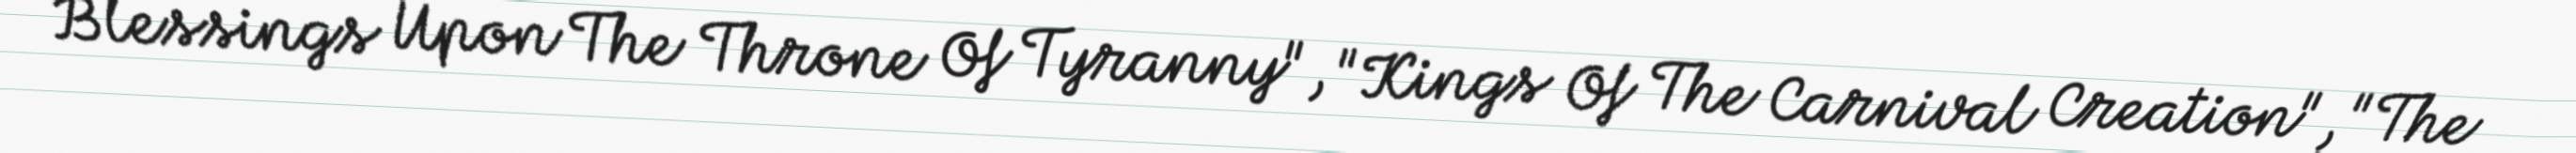
Blessings Upon The Throne Of Tyranny", "Kings Of The Carnival Creation", "The